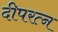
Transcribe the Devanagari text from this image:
दीपरत्न